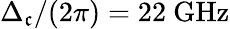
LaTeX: \Delta_{\mathfrak{c}}/(2\pi)=22~\mathrm{{GHz}}